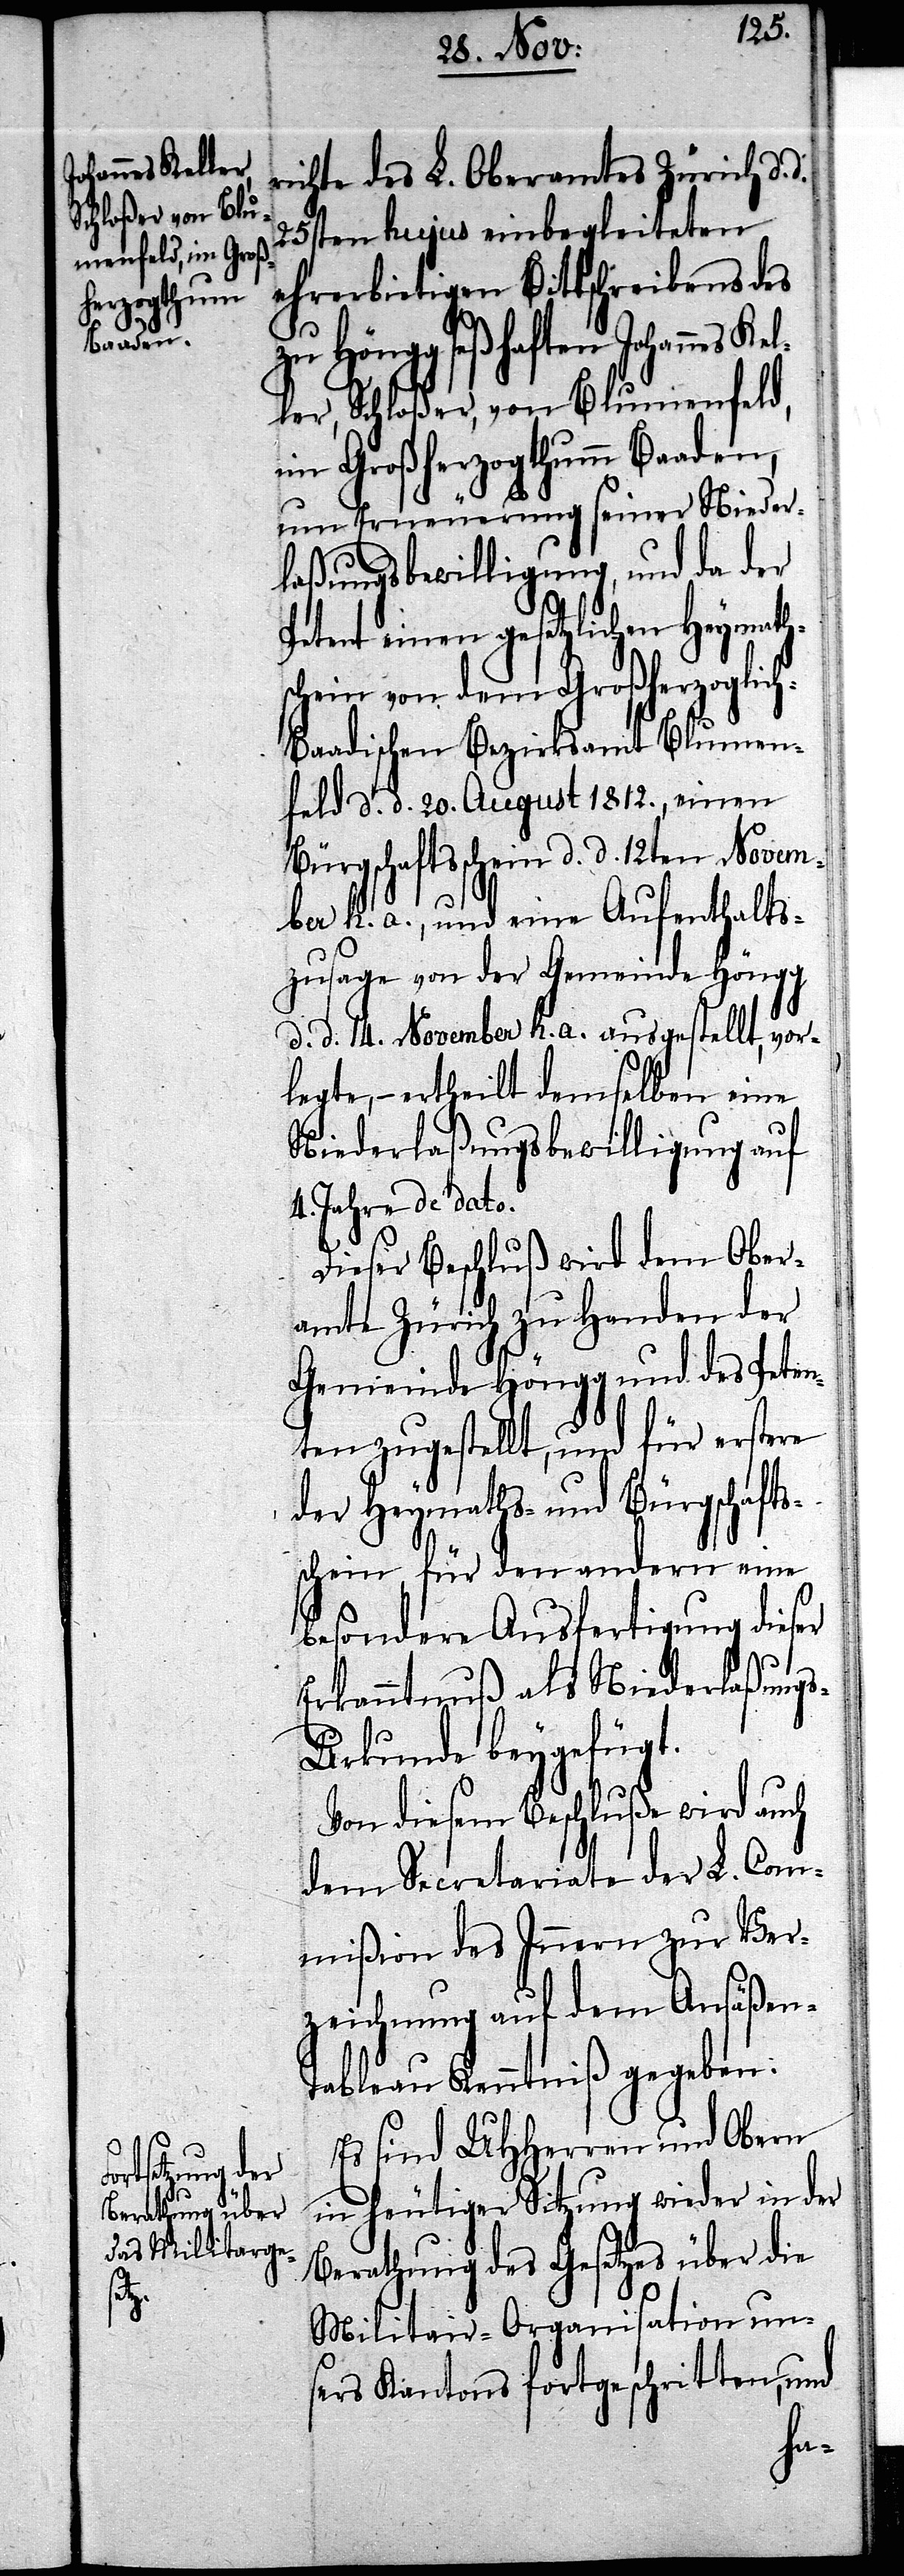
richte des L. Oberamtes Zürich d.
25sten hujus einbegleiteten
ehrerbietigen Bittschreibens des
zu Höngg seßhaften Johannes
ler, Schloßer, von Blumenfeld,
im Großherzogthumm Baaden,
um Erneuerung seiner Nieder¬
laßungsbewilligung, und da der
Petent einen gesetzlichen Heymath¬
schein von dem Großherzoglic¬
h-Baadischen Bezirksamt Blumen¬
feld d. d. 20. August 1812., einen
Bürgschaftsschein d. d. 12ten Novem¬
ber h. a., und eine Aufenthalts¬
zusage von der Gemeinde Höngg
d. d. 14. November h. a. ausgestellt, vor¬
legte, – ertheilt demselben eine
Niederlaßungsbewilligung auf
4. Jahre de dato.
Dieser Beschluß wird dem Ober¬
amte Zürich zu Handen der
Gemeinde Höngg und des Peten¬
ten zugestellt, und für erstere
der Heymaths- und Bürgschafts¬
schein, für den andern eine
d.
besondere Ausfertigung dieser
Erkanntnuß als Niederlaßung¬
s-Urkunde beygefügt.
Von diesem Beschluße wird auch
dem Secretariate der L. Com¬
mißion des Innern zur Ver¬
zeichnung auf dem Ansäßen-T¬
ableau Kenntniß gegeben.
Es sind UHHerren und Obern
in heutiger Sitzung wieder in der
Berathung des Gesetzes über die
Militair-Organisation un¬
sers Kantons fortgeschritten, und
Kel¬